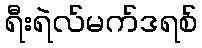
ရီးရဲလ်မက်ဒရစ်